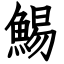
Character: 鯣